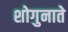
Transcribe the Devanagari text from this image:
शोगुनाते